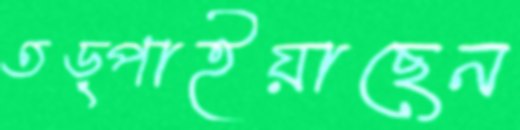
তড়্‌পাইয়াছেন